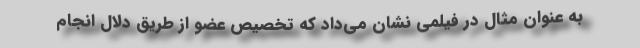
به عنوان مثال در فیلمی نشان می‌داد که تخصیص عضو از طریق دلال انجام